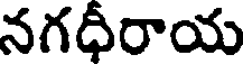
నగధీరాయ